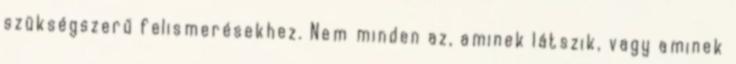
szükségszerű felis­me­ré­sekhez. Nem minden az, aminek látszik, vagy aminek